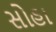
સોહા